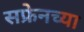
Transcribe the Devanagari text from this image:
सफ्रेनच्या